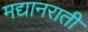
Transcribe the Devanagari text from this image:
मद्यानराती